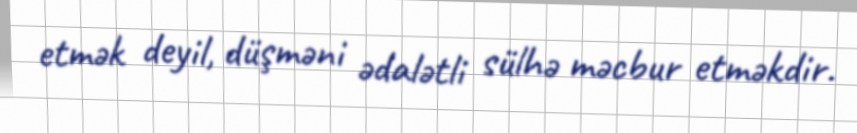
etmək deyil, düşməni ədalətli sülhə məcbur etməkdir.